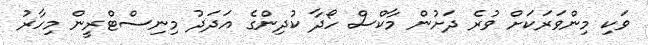
ވަކި މިންވަރަކަށް ވުރެ ދަށުން މާކްސް ހޯދާ ކުދިންގެ އަދަދު މިނިސްޓްރީން މިހާރު